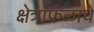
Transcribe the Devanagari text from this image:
क्षेत्राफळाचे